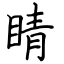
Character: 睛